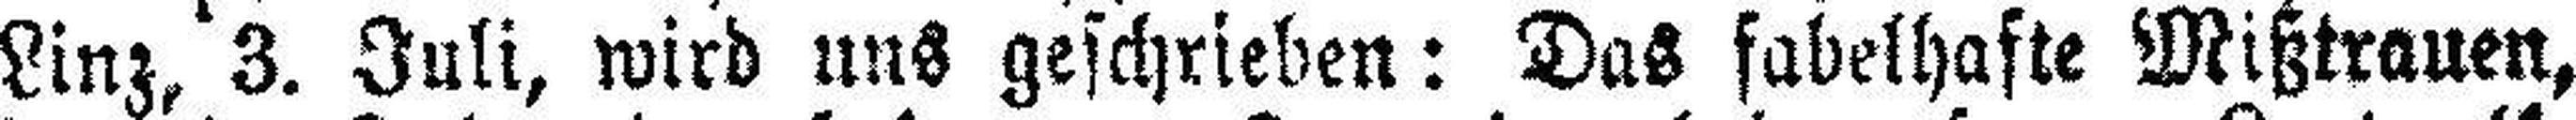
Linz, 3. Juli, wird uns geschrieben: Das fabelhafte Mißtrauen,